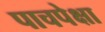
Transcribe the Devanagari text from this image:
पाचपेक्षा